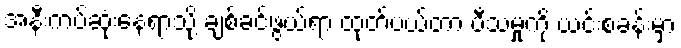
အနီးကပ်ဆုံးနေရာသို့ ချစ်ခင်ဖွယ်ရာ ထုတ်ပယ်တာ ပီသမှုကို ယင်းစခန်းမှာ